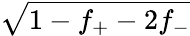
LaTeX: \sqrt{1-f_{+}-2f_{-}}